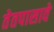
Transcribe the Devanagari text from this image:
तेतपासावे